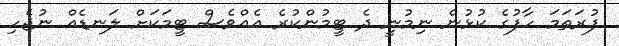
ފުރަތަމަ ހާފުގެ ކުޅުން ނިމުނީ ދެ ޓީމުންކުރެ އެއްވެސް ޓީމަކަށް ލަނޑެއް ނުޖެހި